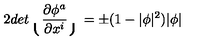
2 d e t \lgroup \frac { \partial \phi ^ { a } } { \partial x ^ { i } } \rgroup = \pm ( 1 - | \phi | ^ { 2 } ) | \phi |